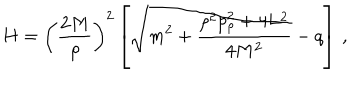
H = \left( \frac { 2 M } { \rho } \right) ^ { 2 } \left[ \sqrt { m ^ { 2 } + \frac { \rho ^ { 2 } p _ { \rho } ^ { 2 } + 4 L ^ { 2 } } { 4 M ^ { 2 } } } - q \right] \, ,